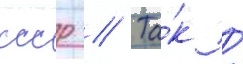
ссср // Та́к /